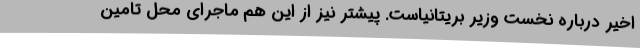
اخیر درباره نخست وزیر بریتانیاست. پیشتر نیز از این هم ماجرای محل تامین